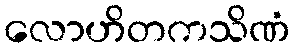
လောဟိတကသိဏံ